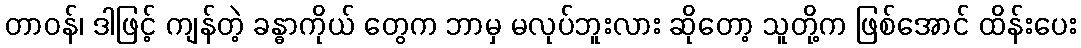
တာဝန်၊ ဒါဖြင့် ကျန်တဲ့ ခန္ဓာကိုယ် တွေက ဘာမှ မလုပ်ဘူးလား ဆိုတော့ သူတို့က ဖြစ်အောင် ထိန်းပေး